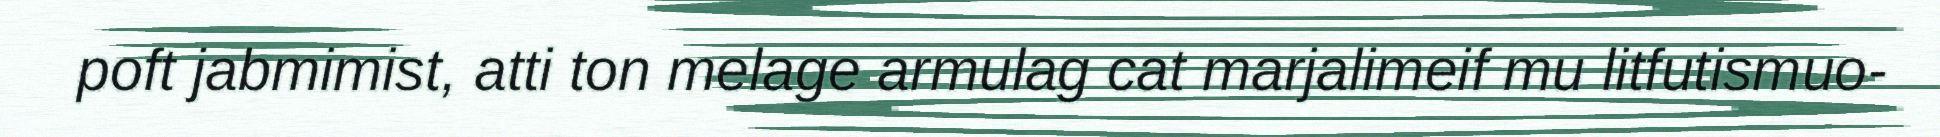
poft jabmimist, atti ton melage armulag cat marjalimeif mu litfutismuo-